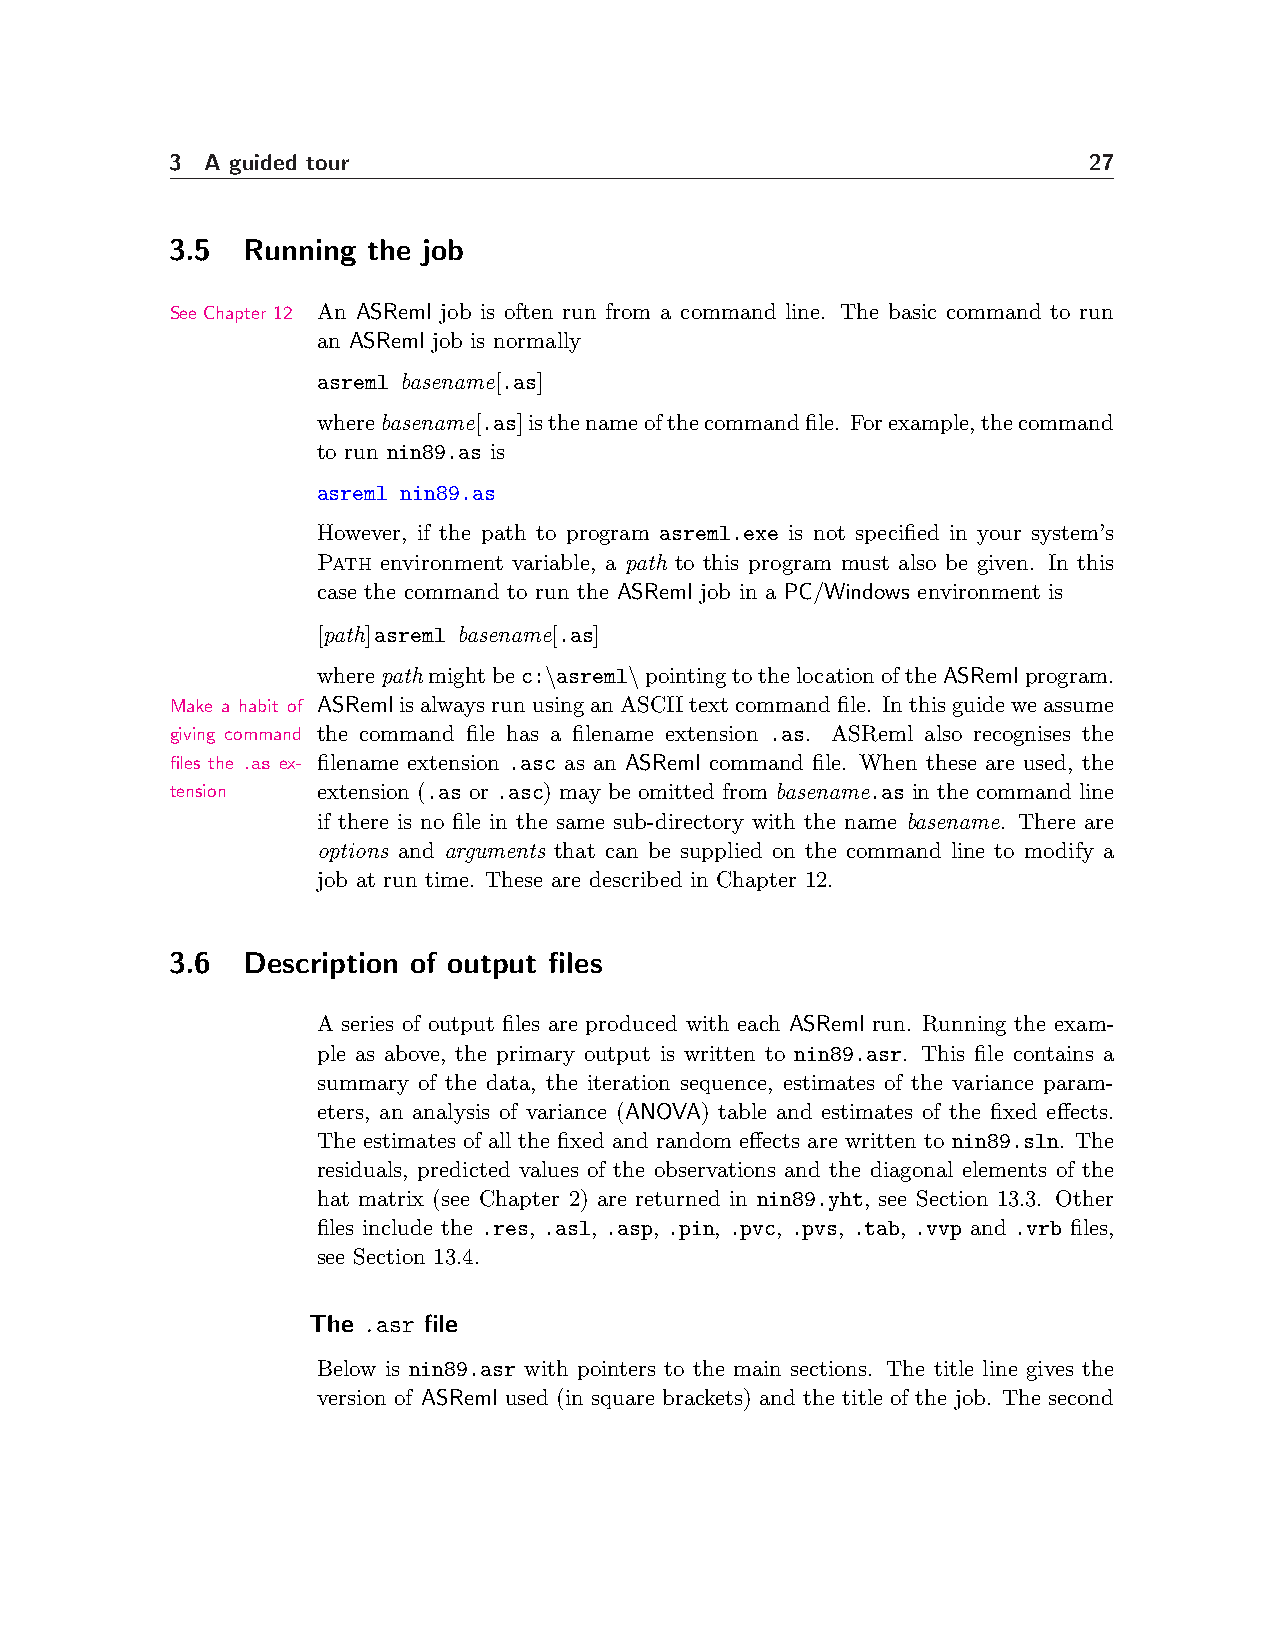
3  A guided tour                                             27
 3.5  Running the job
 See Chapter 12 An ASReml job is often run from a command line. The basic command to run
 an ASReml job is normally
 asreml basename[.as]
 wherebasename[.as]isthenameofthecommandfile. Forexample,thecommand
 to run nin89.as is
 asreml nin89.as
 However, if the path to program asreml.exe is not specified in your system’s
 Path environment variable, a path to this program must also be given. In this
 case the command to run the ASReml job in a PC/Windows environment is
 [path]asreml basename[.as]
 wherepathmightbec:\asreml\pointingtothelocationoftheASRemlprogram.
 Make a habit of ASRemlisalwaysrunusinganASCIItextcommandfile. Inthisguideweassume
 giving command the command file has a filename extension .as. ASReml also recognises the
 files the .as ex- filename extension .asc as an ASReml command file. When these are used, the
 tension   extension (.as or .asc) may be omitted from basename.as in the command line
 if there is no file in the same sub-directory with the name basename. There are
 options and arguments that can be supplied on the command line to modify a
 job at run time. These are described in Chapter 12.
 3.6  Description of output files
 A series of output files are produced with each ASReml run. Running the exam-
 ple as above, the primary output is written to nin89.asr. This file contains a
 summary of the data, the iteration sequence, estimates of the variance param-
 eters, an analysis of variance (ANOVA) table and estimates of the fixed effects.
 The estimates of all the fixed and random effects are written to nin89.sln. The
 residuals, predicted values of the observations and the diagonal elements of the
 hat matrix (see Chapter 2) are returned in nin89.yht, see Section 13.3. Other
 files include the .res, .asl, .asp, .pin, .pvc, .pvs, .tab, .vvp and .vrb files,
 see Section 13.4.
 The .asr file
 Below is nin89.asr with pointers to the main sections. The title line gives the
 version of ASReml used (in square brackets) and the title of the job. The second